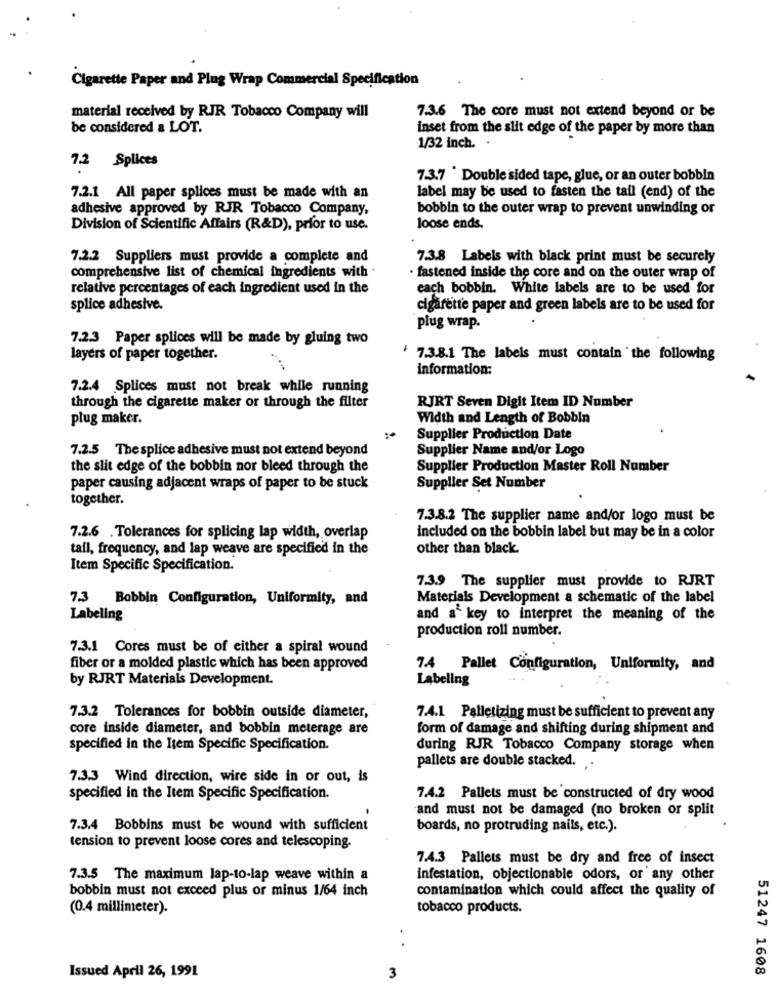
Cigarette Paper and Plug Wrap Commercial Specification
material received by RJR Tobacco Company will
7.3.6 The core must not extend beyond or be
be considered a LOT.
inset from the slit edge of the paper by more than
1/32 inch. .
7.2 Splices
7.3.7 Double sided tape, glue, or an outer bobbin
7.2.1 All paper splices must be made with an
label may be used to fasten the tail (end) of the
adhesive approved by RJR Tobacco Company,
bobbin to the outer wrap to prevent unwinding or
Division of Scientific Affairs (R&D), prior to use.
loose ends.
7.2.2 Suppliers must provide a complete and
7.3.8 Labels with black print must be securely
comprehensive list of chemical ingredients with .
· fastened inside the core and on the outer wrap of
relative percentages of each ingredient used in the
each bobbin. White labels are to be used for
splice adhesive.
cigarette paper and green labels are to be used for
plug wrap.
7.2.3 Paper splices will be made by gluing two
layers of paper together.
7.3.8.1 The labels must contain the following
information:
7.2.4 Splices must not break while running
RJRT Seven Digit Item ID Number
through the cigarette maker or through the filter
plug maker.
Width and Length of Bobbin
Supplier Production Date
7.2.5 The splice adhesive must not extend beyond
Supplier Name and/or Logo
the slit edge of the bobbin nor bleed through the
Supplier Production Master Roll Number
paper causing adjacent wraps of paper to be stuck
Supplier Set Number
together.
7.3.8.2 The supplier name and/or logo must be
7.2.6 .Tolerances for splicing lap width, overlap
included on the bobbin label but may be in a color
tail, frequency, and lap weave are specified in the
other than black.
Item Specific Specification.
7.3.9 The supplier must provide to RJRT
7.3 Bobbin Configuration, Uniformity, and
Materials Development a schematic of the label
Labeling
and a key to interpret the meaning of the
production roll number.
7.3.1 Cores must be of either a spiral wound
fiber or a molded plastic which has been approved
7.4 Pallet Configuration, Uniformity, and
by RJRT Materials Development.
Labeling
7.3.2 Tolerances for bobbin outside diameter,
7.4.1 Palletizing must be sufficient to prevent any
core inside diameter, and bobbin meterage are
form of damage and shifting during shipment and
specified in the Item Specific Specification.
during RJR Tobacco Company storage when
pallets are double stacked.
7.3.3 Wind direction, wire side in or out, is
specified in the Item Specific Specification.
7.4.2 Pallets must be constructed of dry wood
and must not be damaged (no broken or split
7.3.4 Bobbins must be wound with sufficient
boards, no protruding nails, etc.).
tension to prevent loose cores and telescoping.
7.4.3 Pallets must be dry and free of insect
7.3.5 The maximum lap-to-lap weave within a
infestation, objectionable odors, or any other
bobbin must not exceed plus or minus 1/64 inch
contamination which could affect the quality of
(0.4 millimeter).
tobacco products.
51247 1608
Issued April 26, 1991
3